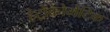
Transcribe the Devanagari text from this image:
हेट्रोक्रोमेटिक